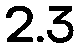
2.3